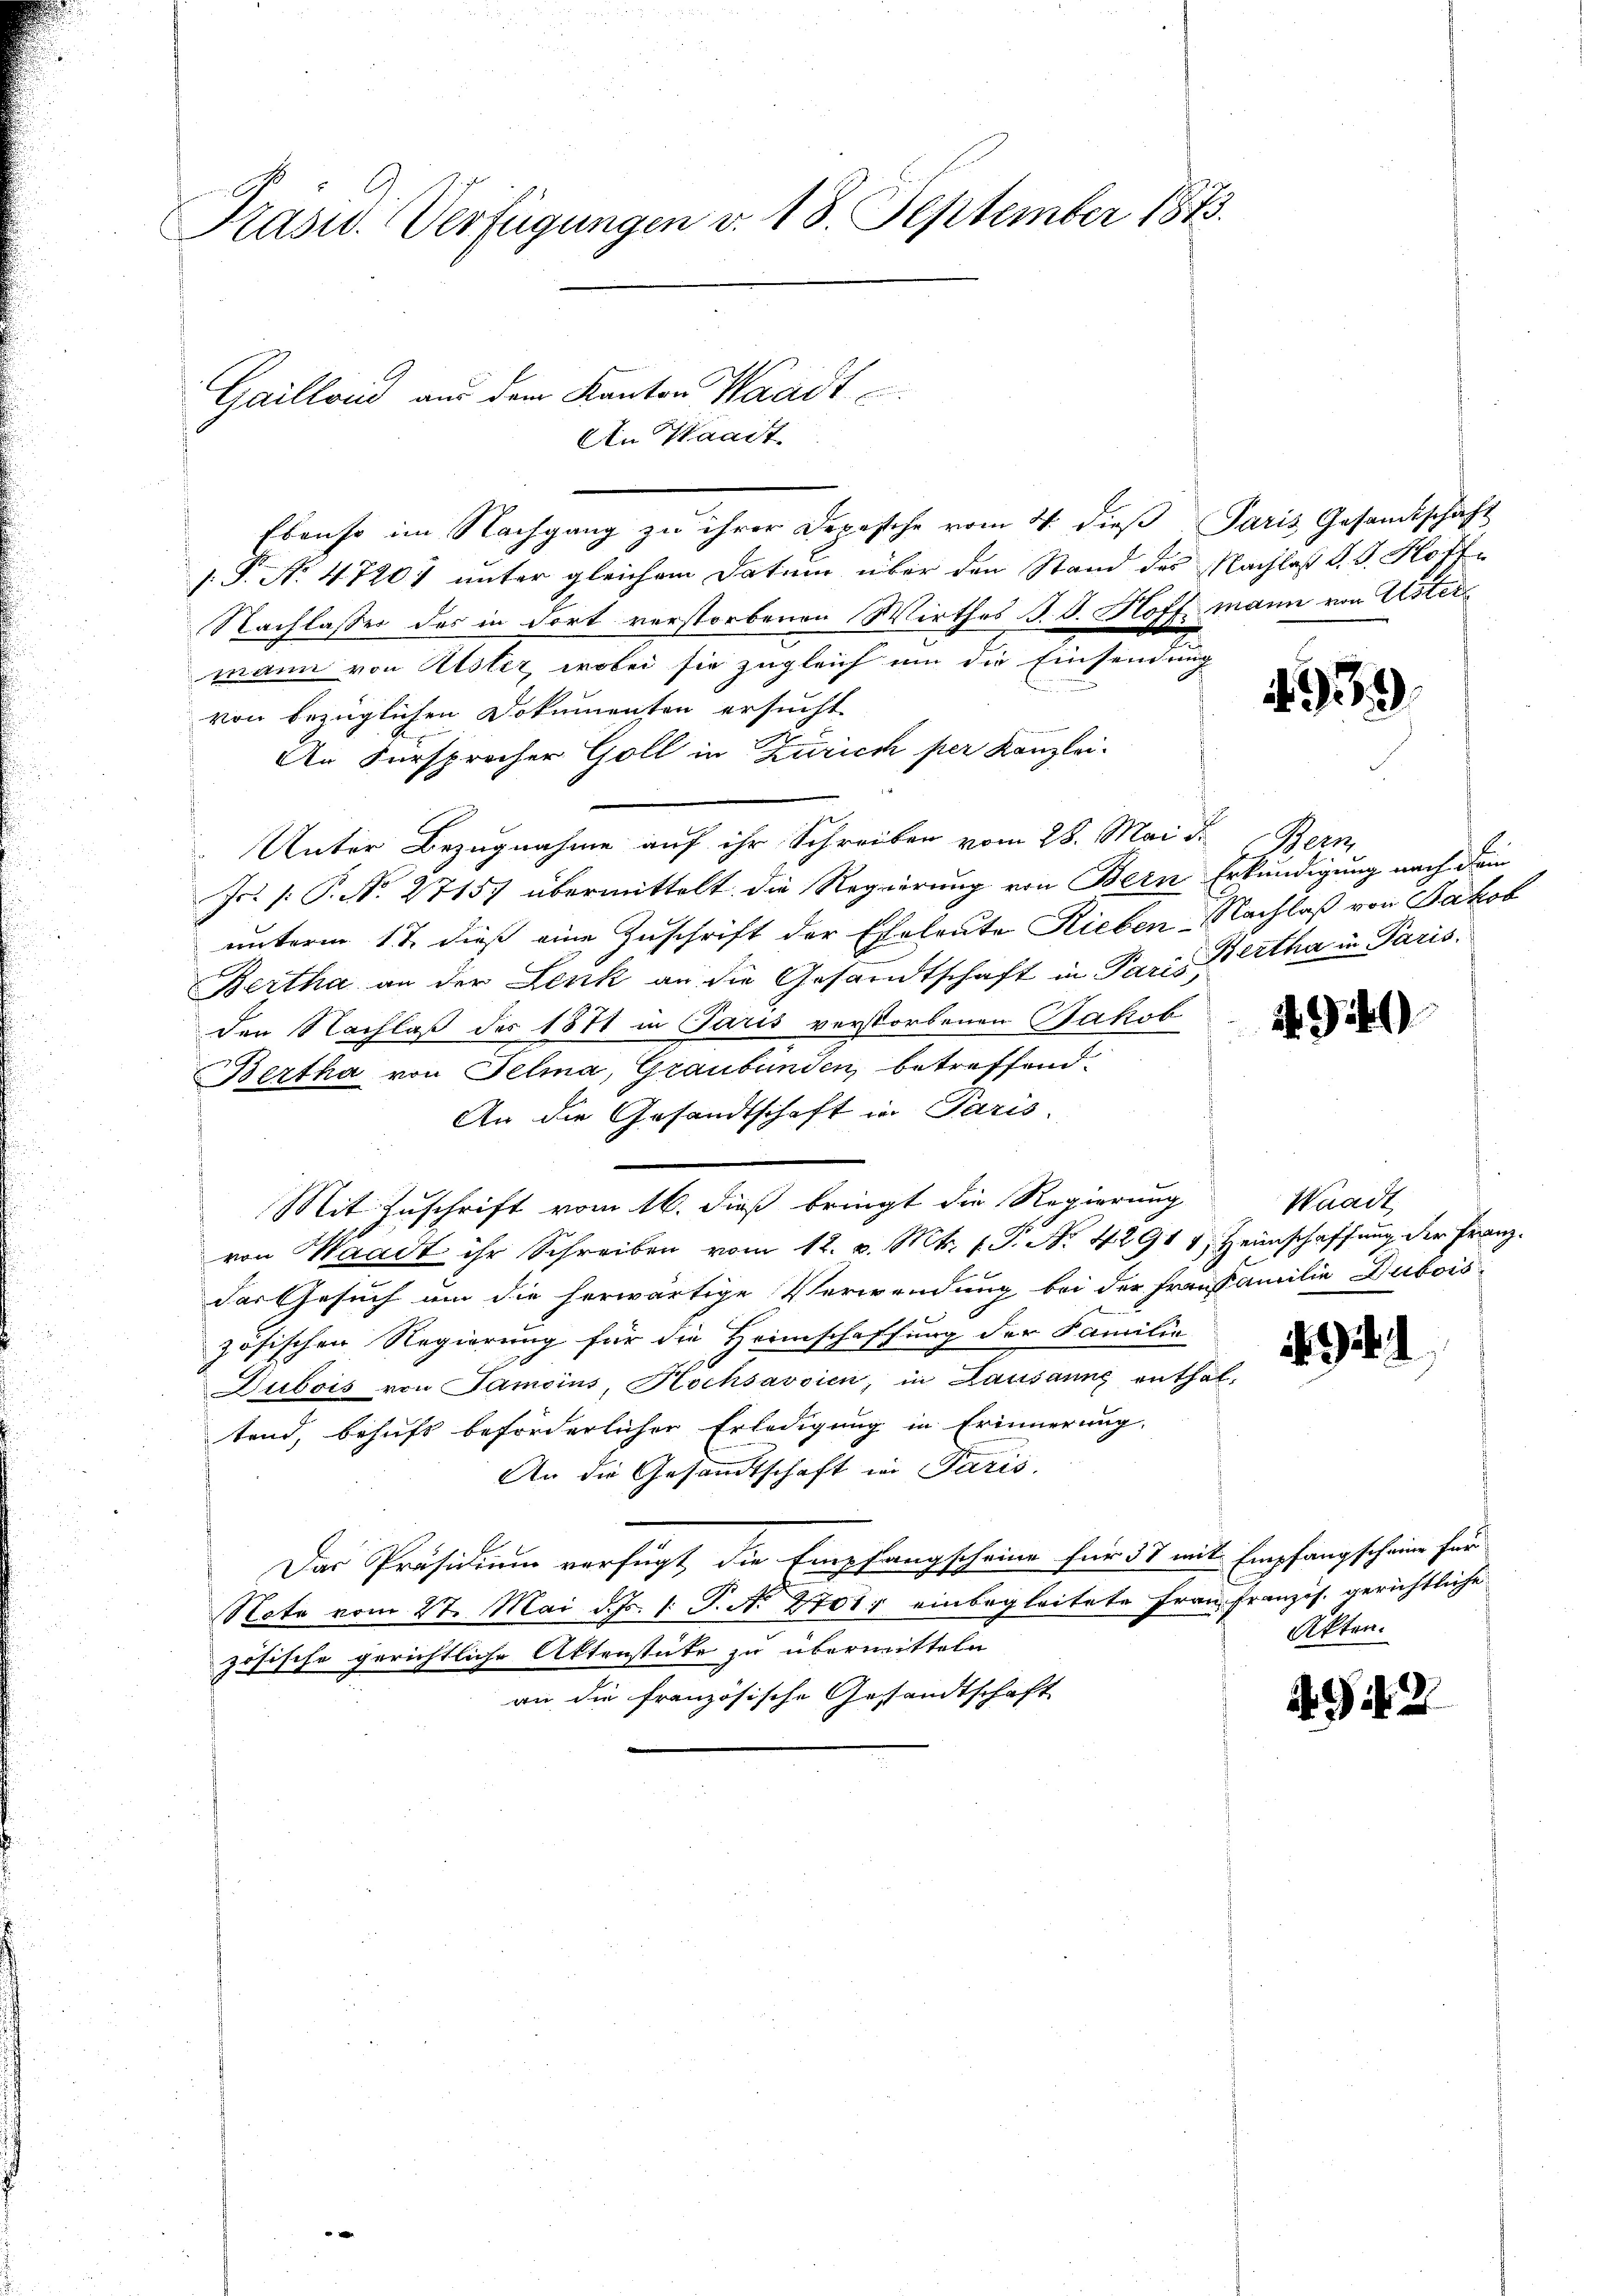
Präsid. Verfügungen v. 18. September 1883.

Gaillond aus dem Kanton Waadt
An Waadt

Ebenso im Nachgang zu ihrer Depesche vom 4. dieß Paris Gesandtschaft
s.P. Nr. 47204 unter gleichem Datum über den Stand des Nachlaß d. d. Hoffe
Nachlasses des in dort verstorbenen Wirthes J. J. Hoff mann von Ustermann von Elster, wobei sie zugleich um die Einsendung
von bezüglichen Dokumenten ersucht
An Fürsprecher Goll in Zürich per Kanzlei-
Unter Bezugnahme auf ihr Schreiben vom 28. Mai d. Bern
Jr. /. P. No. 27157 übermittelt die Regierung von Bern Erkundigung nach dein
unterm 17. dieß eine Zuschrift der Eheleute Lieben-Nachlaß von Jakob
Bertha an der Lenk an die Gesandtschaft in Paris Bertha in Paris.
den Nachlaß des 1871 in Paris verstorbenen Jakob
Bertha von Felma, Graubünden, betreffend.
An die Gesandtschaft in Paris.
Mit Zuschrift vom 16. dieß bringt die Regierung
von Waadt ihr Schreiben vom 12. v. Mts. f. P. Nr. 4291 4 Heimschaffung der Franz
das Gesuch um die herwärtige Verwendung bei der Frau amilie Dubois-
zösischen Regierung für die Heimschaffung der Familie
Dubois von Samoins, Hochsavoien, in Lausanne enthaltend, behufs beförderlicher Erledigung in Erinnerung.
An die Gesandtschaft in Paris.
Das Präsidium verfügt, die Empfangscheine für 37 mit Empfangscheine für
Note vom 27. Mai d. Js. p. T. N. 2701 einbegleitete Frau Französ. gerichtliche
zösische gerichtliche Aktenstüke zu übermitteln
an die französische Gesandtschaft

4939.

)

Waadt

194. 1

Akten.

492